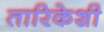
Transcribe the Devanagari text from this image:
तारिकेशी